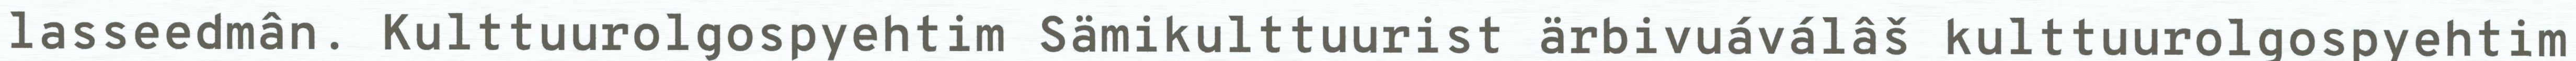
lasseedmân. Kulttuurolgospyehtim Sämikulttuurist ärbivuáválâš kulttuurolgospyehtim